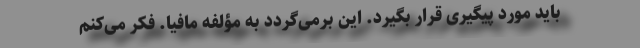
باید مورد پیگیری قرار بگیرد. این برمی‌گردد به مؤلفه مافیا. فکر می‌کنم